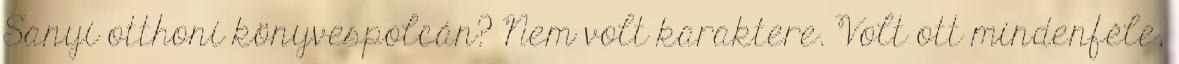
Sanyi otthoni könyvespolcán? Nem volt ka­rak­tere. Volt ott mindenféle,